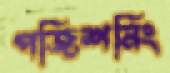
পজিশনিং